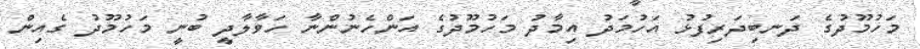
މަހުމޫދުގެ ދަނބިދަރިފުޅު އަހުމަދު އިމާދު މަހުމޫދުގެ އަންހެނުންނާ ހަވާލާދީ ބުނީ މަހުމޫދު ގެއިން